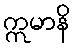
ဣမာနိ